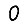
Digit: 0